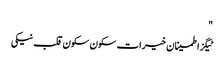
"
ٹیگزاطمینان خیرات سکون سکون قلب نیکی